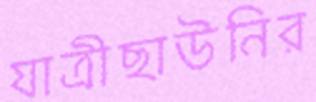
যাত্রীছাউনির